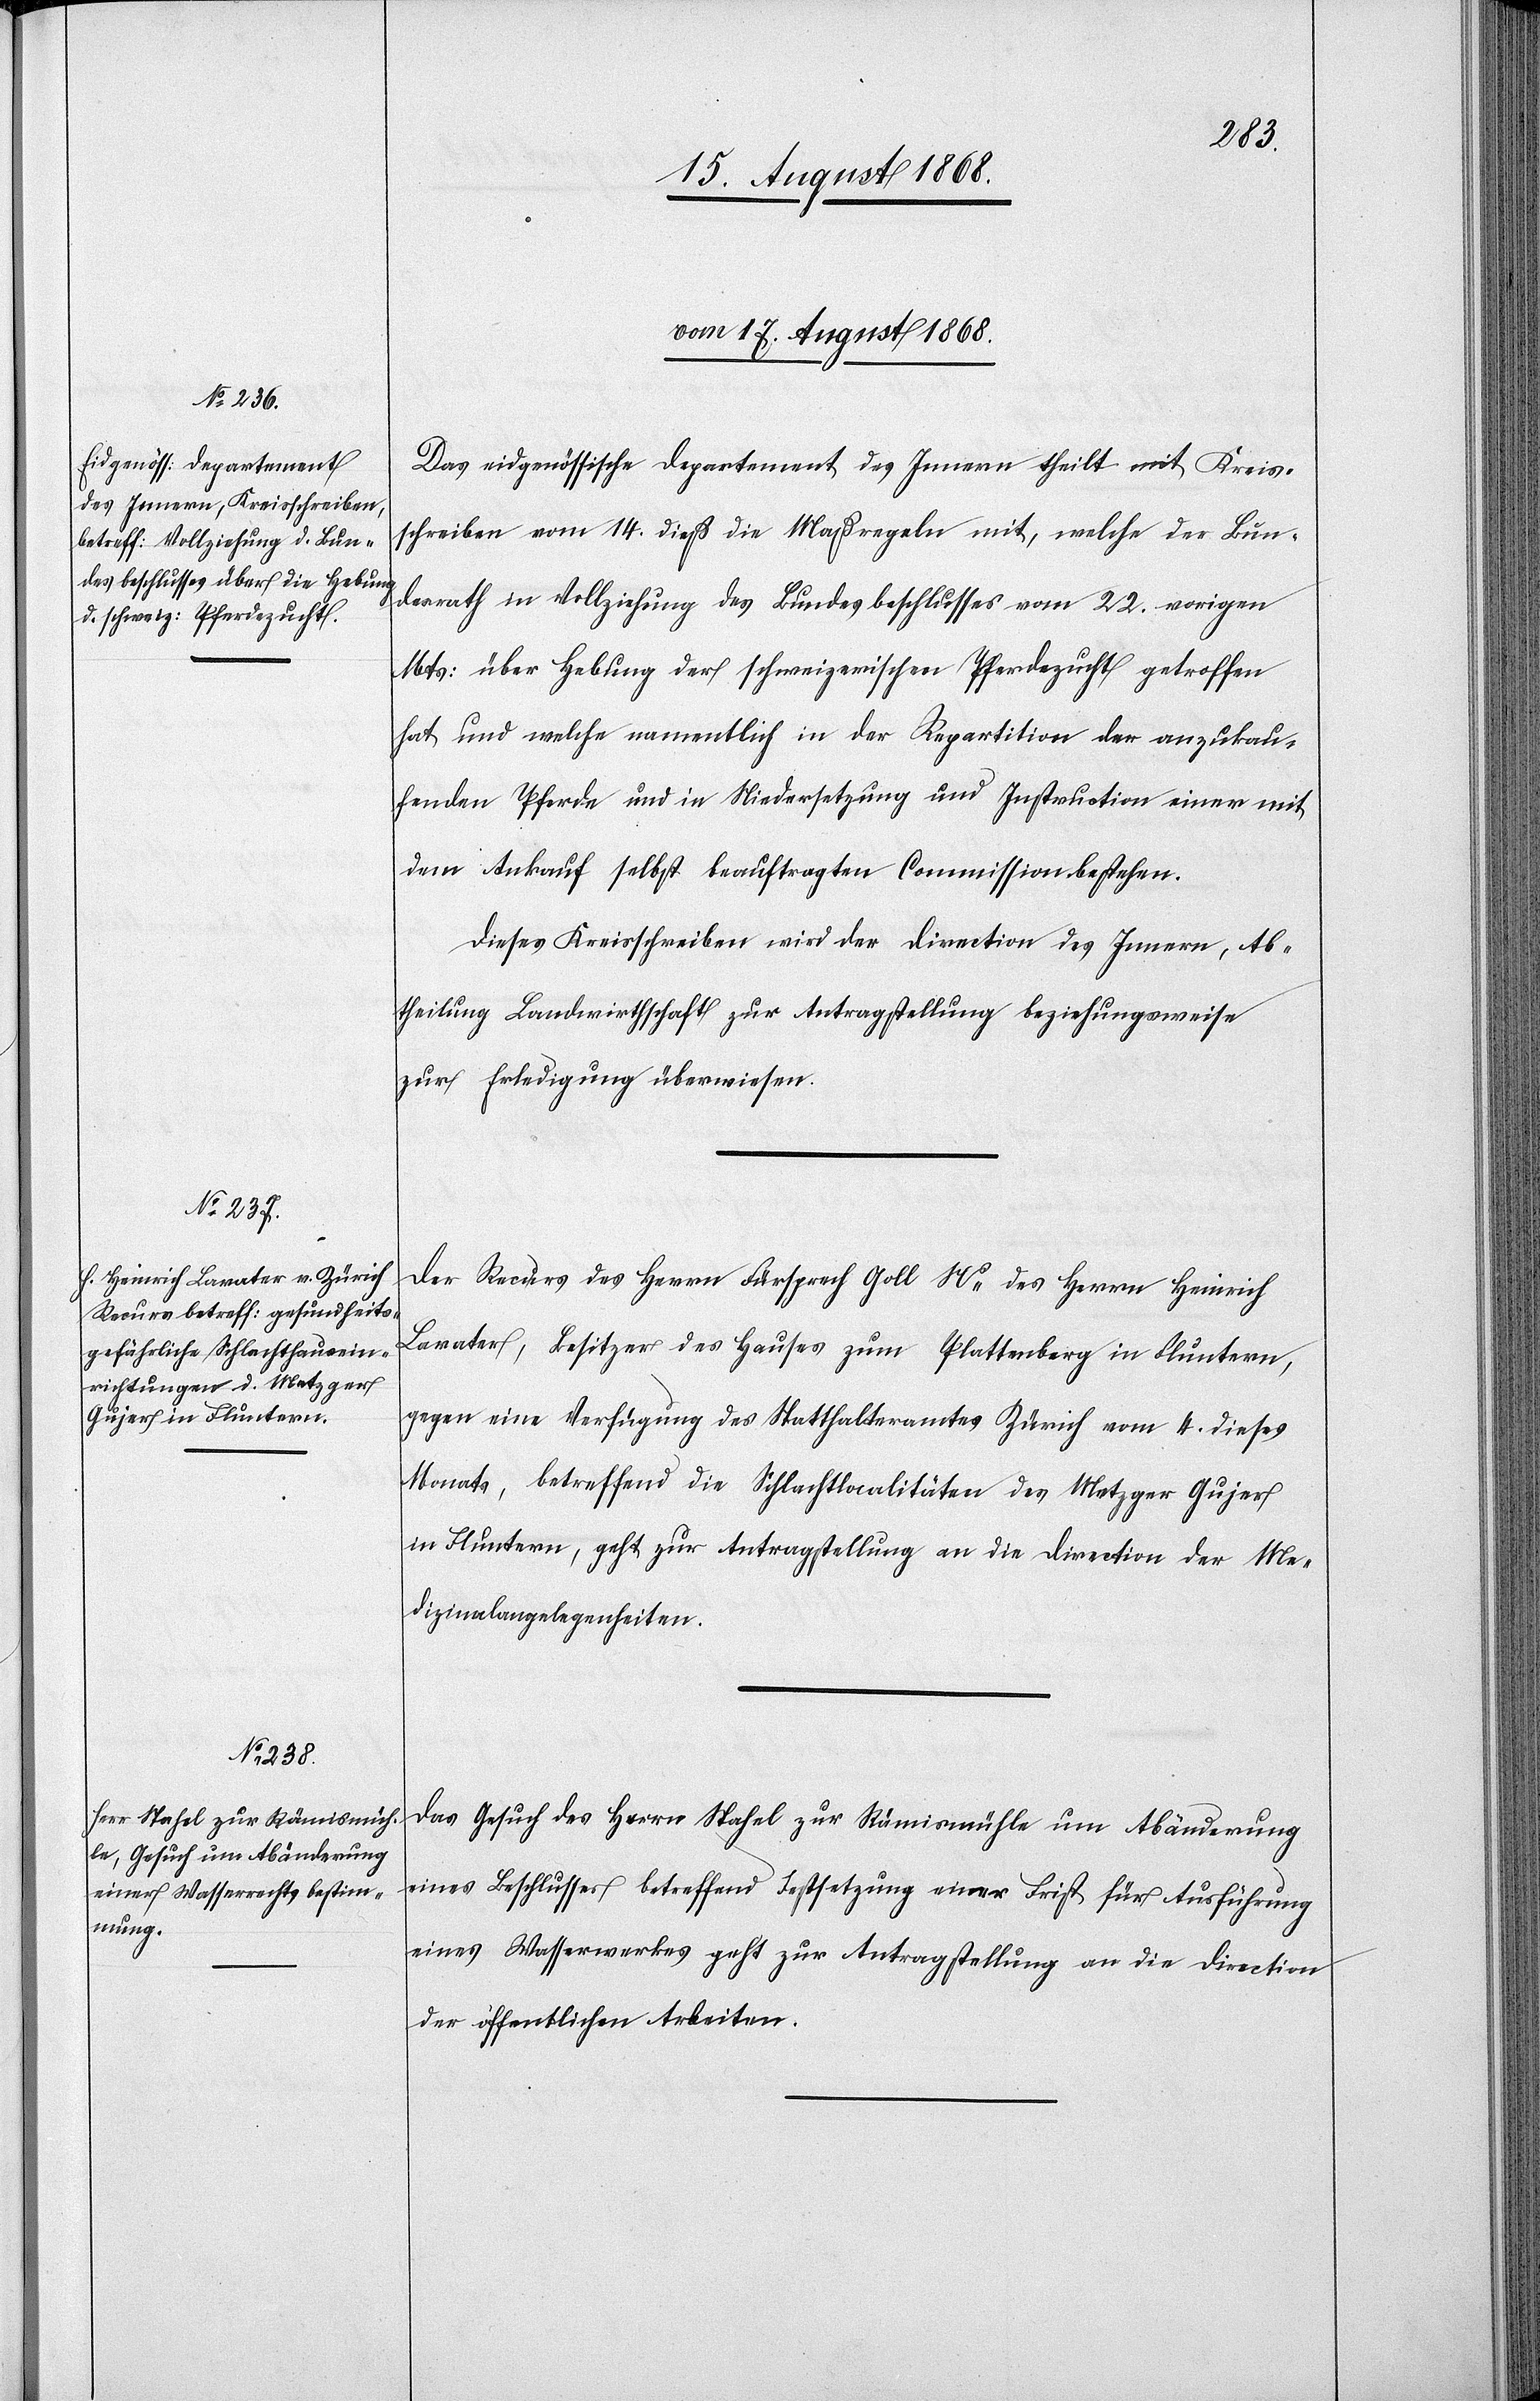
vom 17. August 1868.]
Das eidgenössische Departement des Innern theilt mit Kreis¬
schreiben vom 14. dieß die Maßregeln mit, welche der Bun¬
desrath in Vollziehung des Bundesbeschlusses vom 22. vorigen
Mts: über Hebung der schweizerischen Pferdezucht getroffen
hat und welche namentlich in der Repartition der anzukau¬
fenden Pferde und in Niedersetzung und Instruction einer mit
dem Ankauf selbst beauftragten Commission bestehen.
Dieses Kreisschreiben wird der Direction des Innern, Ab¬
theilung Landwirthschaft zur Antragstellung beziehungsweise
zur Erledigung überwiesen.
Der Recurs des Herrn Fürsprech Goll Ns des Herrn Heinrich
Lavater, Besitzer des Hauses zum Plattenberg in Fluntern,
gegen eine Verfügung des Statthalteramtes Zürich vom 4. dieses
Monats, betreffend die Schlachtlocalitäten des Metzger Gujer
in Fluntern, geht zur Antragstellung an die Direction der Me¬
dizinalangelegenheiten.
Das Gesuch des Herrn Stahel zur Rämismühle um Abänderung
eines Beschlusses betreffend Festsetzung einer Frist für Ausführung
eines Wasserwerkes geht zur Antragstellung an die Direction
der öffentlichen Arbeiten.